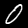
Digit: 0